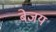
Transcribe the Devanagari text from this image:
बेजय